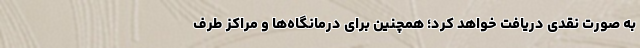
به صورت نقدی دریافت خواهد کرد؛ همچنین برای درمانگاه‌ها و مراکز طرف